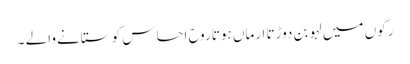
رگوں میں لہو بن دوڑتا ارماں ہوتا روح احساس کو ستانےوالے ۔